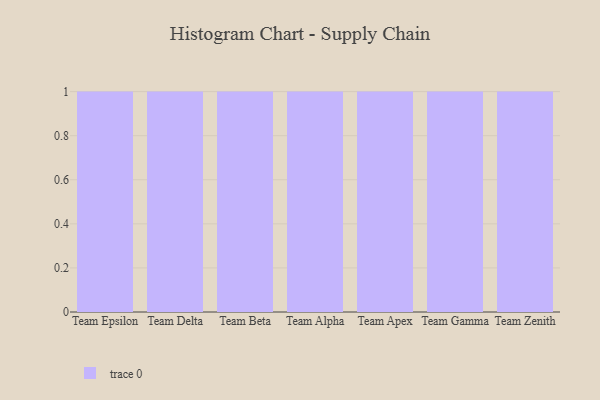
{"axis": {"x": "Team", "y": "Waste Production (Tons)"}, "legend": [""], "data": [{"x": "Team Epsilon", "y": 25, "type": ""}, {"x": "Team Delta", "y": 55, "type": ""}, {"x": "Team Beta", "y": 67, "type": ""}, {"x": "Team Alpha", "y": 98, "type": ""}, {"x": "Team Apex", "y": 64, "type": ""}, {"x": "Team Gamma", "y": 40, "type": ""}, {"x": "Team Zenith", "y": 50, "type": ""}]}